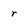
Character: r